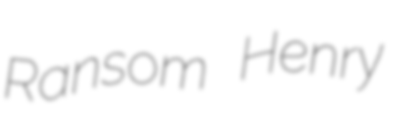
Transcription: Ransom Henry